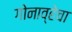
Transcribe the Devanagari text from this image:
गोनाव्हेचा